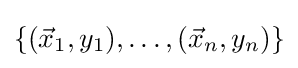
\textstyle \{({\vec {x}}_{1},y_{1}),\dots ,({\vec {x}}_{n},y_{n})\}